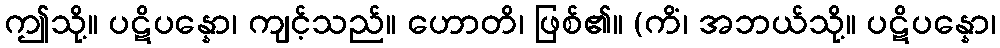
ဤသို့။ ပဋိပန္နော၊ ကျင့်သည်။ ဟောတိ၊ ဖြစ်၏။ (ကိံ၊ အဘယ်သို့။ ပဋိပန္နော၊